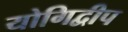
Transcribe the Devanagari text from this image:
योगिद्वीप